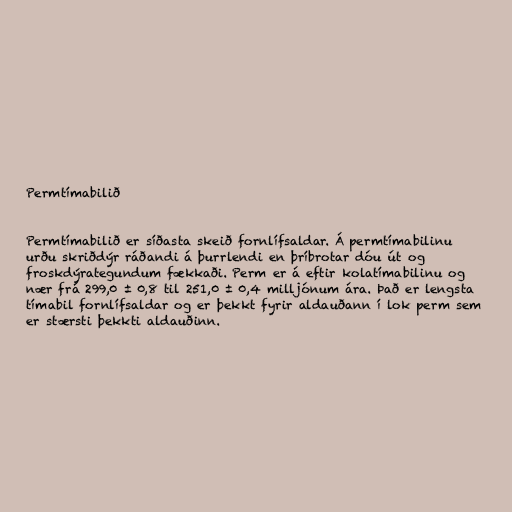
Permtímabilið

Permtímabilið er síðasta skeið fornlífsaldar. Á permtímabilinu
urðu skriðdýr ráðandi á þurrlendi en þríbrotar dóu út og
froskdýrategundum fækkaði. Perm er á eftir kolatímabilinu og
nær frá 299,0 ± 0,8 til 251,0 ± 0,4 milljónum ára. Það er lengsta
tímabil fornlífsaldar og er þekkt fyrir aldauðann í lok perm sem
er stærsti þekkti aldauðinn.